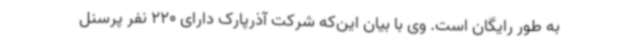
به طور رایگان است. وی با بیان این‌که شرکت آذرپارک دارای 220 نفر پرسنل